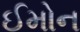
ઈમોન